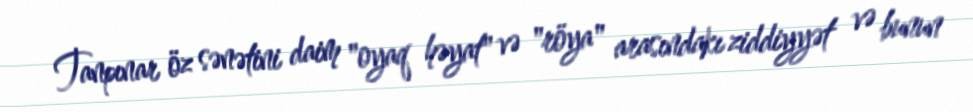
Tanpınar öz sənətini daim "oyaq həyat" və "röya" arasındakı ziddiyyət və bunun